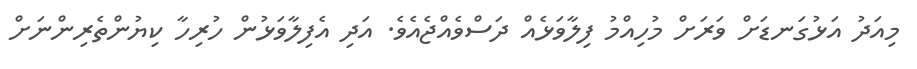
މިއަދު އަޅުގަނޑަށް ވަރަށް މުހިއްމު ފިލާވަޅެއް ދަސްވެއްޖެއެވެ. އަދި އެފިލާވަޅުން ހުރިހާ ކިޔުންތެރިންނަށް